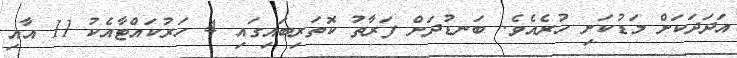
އަދަދަަކަށް މަޑުކަށި ހުރެއެވެ. ބަނޑުދަށް ފަރާތު ކޮތަރިބައިގައި 4 ހަރުކައްޓާއެކު 11 އާއި